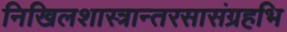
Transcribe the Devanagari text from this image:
निखिलशास्त्रान्तरसासंग्रहभि